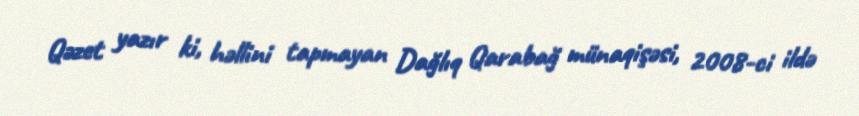
Qəzet yazır ki, həllini tapmayan Dağlıq Qarabağ münaqişəsi, 2008-ci ildə